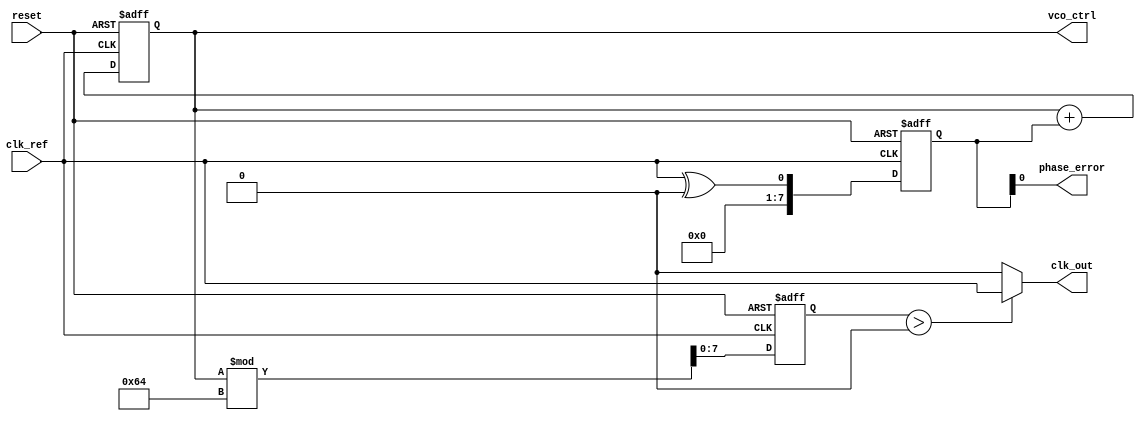
module Fractional_PLL (
    input  wire clk_ref,       // Reference clock input
    input  wire reset,         // Reset signal
    output wire clk_out,       // Output clock
    output wire phase_error,   // Phase error output
    output wire [7:0] vco_ctrl // VCO control voltage (for simulation purposes)
);

// Parameters
parameter N = 8;  // Number of bits for fractional division
parameter VCO_MAX_FREQ = 100; // Max frequency for VCO (arbitrary units)

// Internal signals
reg [N-1:0] fractional_div_ratio; // Fractional division ratio
reg [N-1:0] feedback_divider;      // Feedback divider value
reg [N-1:0] phase_error_reg;       // Phase error register
reg [N-1:0] vco_freq;              // VCO frequency
reg [N-1:0] vco_control;           // Control voltage for VCO
wire clk_vco;                      // VCO output clock
wire clk_feedback;                 // Feedback clock

// Phase Detector (PD)
always @(posedge clk_ref or posedge reset) begin
    if (reset) begin
        phase_error_reg <= 0;
    end else begin
        // Simple phase detector logic (XOR for phase comparison)
        phase_error_reg <= clk_ref ^ clk_feedback; // Placeholder for actual phase comparison
    end
end

// Loop Filter (LF)
// Simple first-order loop filter for demonstration
always @(posedge clk_ref or posedge reset) begin
    if (reset) begin
        vco_control <= 0;
    end else begin
        vco_control <= vco_control + phase_error_reg; // Integrate phase error
    end
end

// Voltage-Controlled Oscillator (VCO)
always @(posedge clk_ref or posedge reset) begin
    if (reset) begin
        vco_freq <= 0;
    end else begin
        // Control VCO frequency based on control voltage
        vco_freq <= vco_control % VCO_MAX_FREQ; // Placeholder for actual frequency control
    end
end

// Feedback Divider/Network
always @(posedge clk_vco or posedge reset) begin
    if (reset) begin
        feedback_divider <= 0;
    end else begin
        // Implement fractional division logic (simple integer division for demo)
        feedback_divider <= feedback_divider + 1; // Placeholder for actual divider logic
    end
end

// Memory Blocks (for storing division ratios)
reg [N-1:0] memory_block [0:15]; // Example memory block (16 entries)
initial begin
    // Initialize memory block with some values (for example purposes)
    memory_block[0] = 8'd3; // Example fractional division ratio
    memory_block[1] = 8'd5; // Another example
    // ... Initialize other memory entries as needed
end

// Generate output clock based on VCO frequency
assign clk_out = (vco_freq > 0) ? clk_ref : 1'b0; // Simple output clock generation

// Output signals
assign phase_error = phase_error_reg;
assign vco_ctrl = vco_control;

endmodule